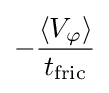
-{\langle V_{\varphi }\rangle  \over t_{\text{fric}}}